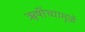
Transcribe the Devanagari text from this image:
ॠषींच्यामुळें